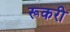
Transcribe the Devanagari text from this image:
रूकरी